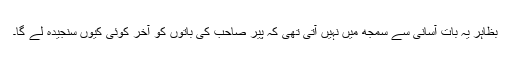
بظاہر یہ بات آسانی سے سمجھ میں نہیں آتی تھی کہ پیر صاحب کی باتوں کو آخر کوئی کیوں سنجیدہ لے گا۔